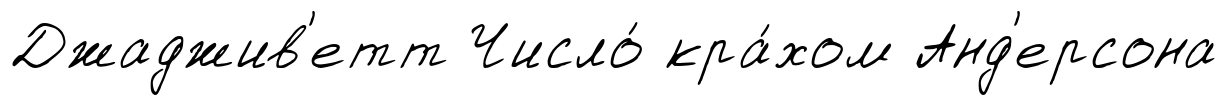
Джаджив'етт Число́ кра́хом Анд'ерсона